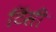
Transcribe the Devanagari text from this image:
टिंसी